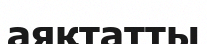
аяқтатты